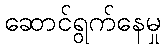
ဆောင်ရွက်နေမှု